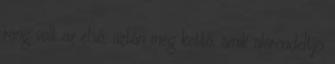
rang volt az első, aztán még kettő, amik alárendeltjei